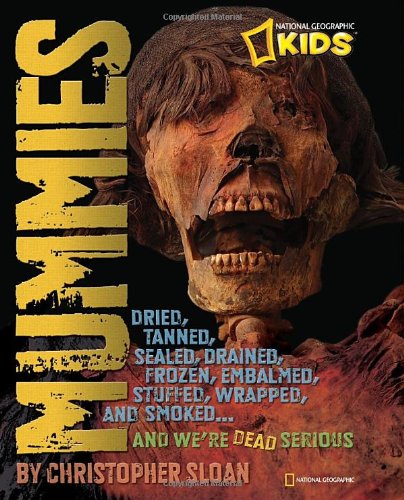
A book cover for Mummies: Dried, Tanned, Sealed, Drained, Frozen, Embalmed, Stuffed, Wrapped, and Smoked...and We're Dead Serious (National Geographic Kids); Christopher Sloan; Children's Books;